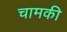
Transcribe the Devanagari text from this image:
चामकी